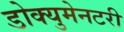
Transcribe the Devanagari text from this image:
डोक्युमेनटरी